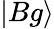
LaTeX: |Bg\rangle